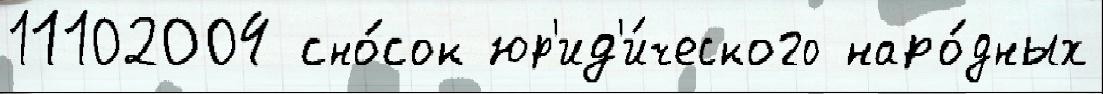
11102004 сно́сок юр'ид'и́ческого наро́дных